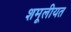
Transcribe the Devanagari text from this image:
शमूलीयत